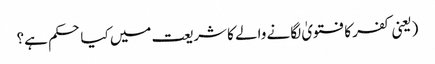
(یعنی کفر کا فتویٰ لگانے والے کا شریعت میں کیا حکم ہے؟